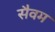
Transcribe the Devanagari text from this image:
सैवम